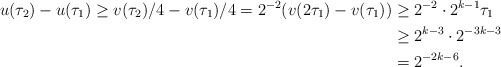
\begin{align*}u(\tau_2) - u(\tau_1) \geq v(\tau_2)/4 - v( \tau_1 ) / 4= 2^{-2}(v(2 \tau_1) - v( \tau_1)) & \geq 2^{-2} \cdot 2^{k-1} \tau_1 \\& \geq 2^{k -3} \cdot 2^{-3k -3} \\& = 2^{-2k - 6}.\end{align*}